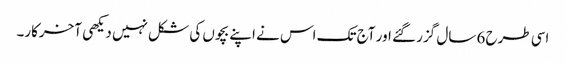
اسی طرح 6 سال گزر گئے اور آج تک اس نے اپنے بچوں کی شکل نہیں دیکھی آخرکار۔